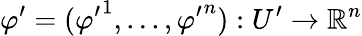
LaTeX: \varphi^{\prime}=({\varphi^{\prime}}^{1},...,{\varphi^{\prime}}^{n}):U^{\prime}\to\mathbb{R}^{n}